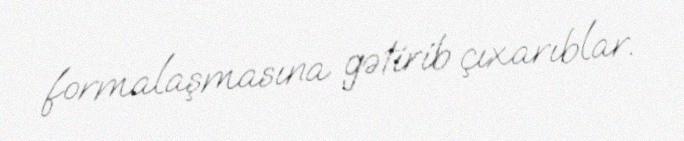
formalaşmasına gətirib çıxarıblar.